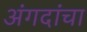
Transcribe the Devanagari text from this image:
अंगदांचा